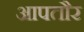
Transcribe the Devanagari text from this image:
आपतौर